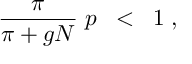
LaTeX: \frac { \pi } { \pi + g N } \; p \; \; < \; \; 1 \; ,